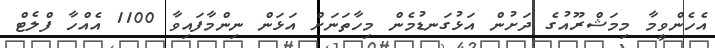
އެހެންވީމާ މިމަޝްރޫއުގެ ދަށުން އަޅުގަނޑުމެން މިހާތަނަށް އަޅަން ނިންމާފައިވާ 1100 އެއްހާ ފްލެޓް